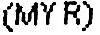
(MYR)